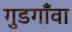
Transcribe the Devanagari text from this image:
गुडगाँवा